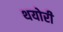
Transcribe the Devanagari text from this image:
थयोरी